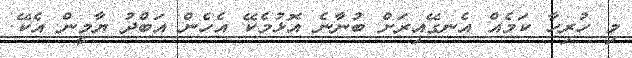
މި ހުރިހާ ކަމެއް އެނގޭއިރަށް ބުނާނެ އޮޅުމެކޭ އެހެން އަބްދު ޔާމީން އެކޭ.